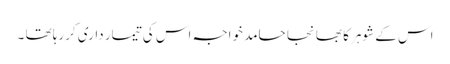
اس کے شوہر کا بھانجا حامد خواجہ اس کی تیمار داری کررہا تھا ۔